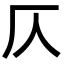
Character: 仄